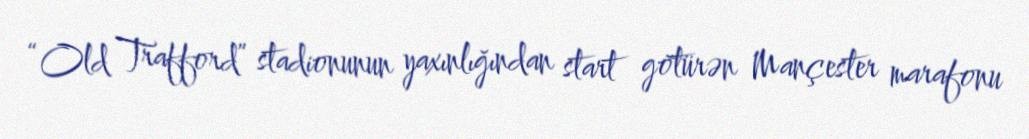
“Old Trafford” stadionunun yaxınlığından start götürən Mançester marafonu